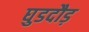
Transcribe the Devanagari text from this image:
घुडदौड़